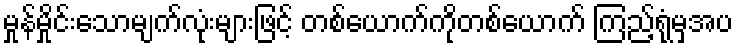
မှုန်မှိုင်းသောမျက်လုံးများဖြင့် တစ်ယောက်ကိုတစ်ယောက် ကြည့်ရုံမှအပ